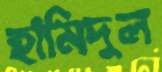
হামিদুল